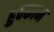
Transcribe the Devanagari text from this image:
हुक्काम